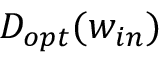
D _ { o p t } ( w _ { i n } )